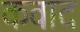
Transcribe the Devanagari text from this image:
कवाद